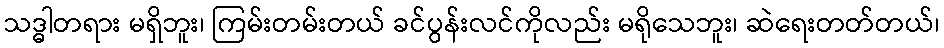
သဒ္ဓါတရား မရှိဘူး၊ ကြမ်းတမ်းတယ် ခင်ပွန်းလင်ကိုလည်း မရိုသေဘူး၊ ဆဲရေးတတ်တယ်၊